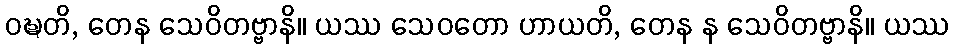
ဝဍ္ဎတိ, တေန သေဝိတဗ္ဗာနိ။ ယဿ သေဝတော ဟာယတိ, တေန န သေဝိတဗ္ဗာနိ။ ယဿ